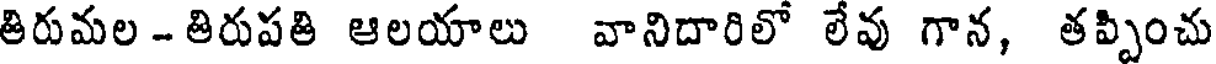
తిరుమల - తిరుపతి ఆలయాలు వానిదారిలో లేవు గాన, తప్పించు